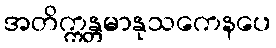
အတိက္ကန္တမာနုသကေနပေ